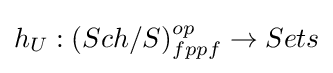
h_{U}:(Sch/S)_{fppf}^{op}\to Sets